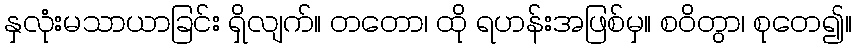
နှလုံးမသာယာခြင်း ရှိလျက်။ တတော၊ ထို ရဟန်းအဖြစ်မှ။ စဝိတွာ၊ စုတေ၍။